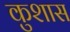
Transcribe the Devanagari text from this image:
कुशास